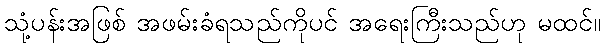
သုံ့ပန်းအဖြစ် အဖမ်းခံရသည်ကိုပင် အရေးကြီးသည်ဟု မထင်။